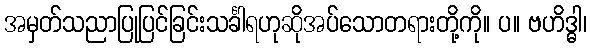
အမှတ်သညာပြုပြင်ခြင်းသင်္ခါရဟုဆိုအပ်သောတရားတို့ကို။ ပ။ ဗဟိဒ္ဓါ၊